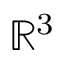
{ \mathbb { R } } ^ { 3 }